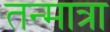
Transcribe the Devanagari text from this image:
तन्मात्रा